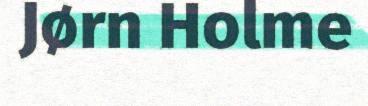
Jørn Holme